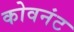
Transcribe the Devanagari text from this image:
कोवनंट